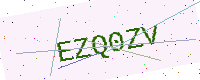
Text: EZQ0ZV